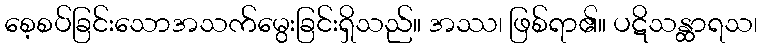
စေ့စပ်ခြင်းသောအသက်မွေးခြင်းရှိသည်။ အဿ၊ ဖြစ်ရာ၏။ ပဋိသန္ထာရသ၊